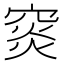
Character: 䆦